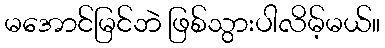
မအောင်မြင်ဘဲ ဖြစ်သွားပါလိမ့်မယ်။